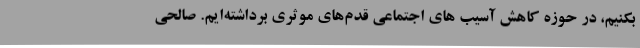
بکنیم، در حوزه کاهش آسیب های اجتماعی قدم‌های موثری برداشته‌ایم. صالحی